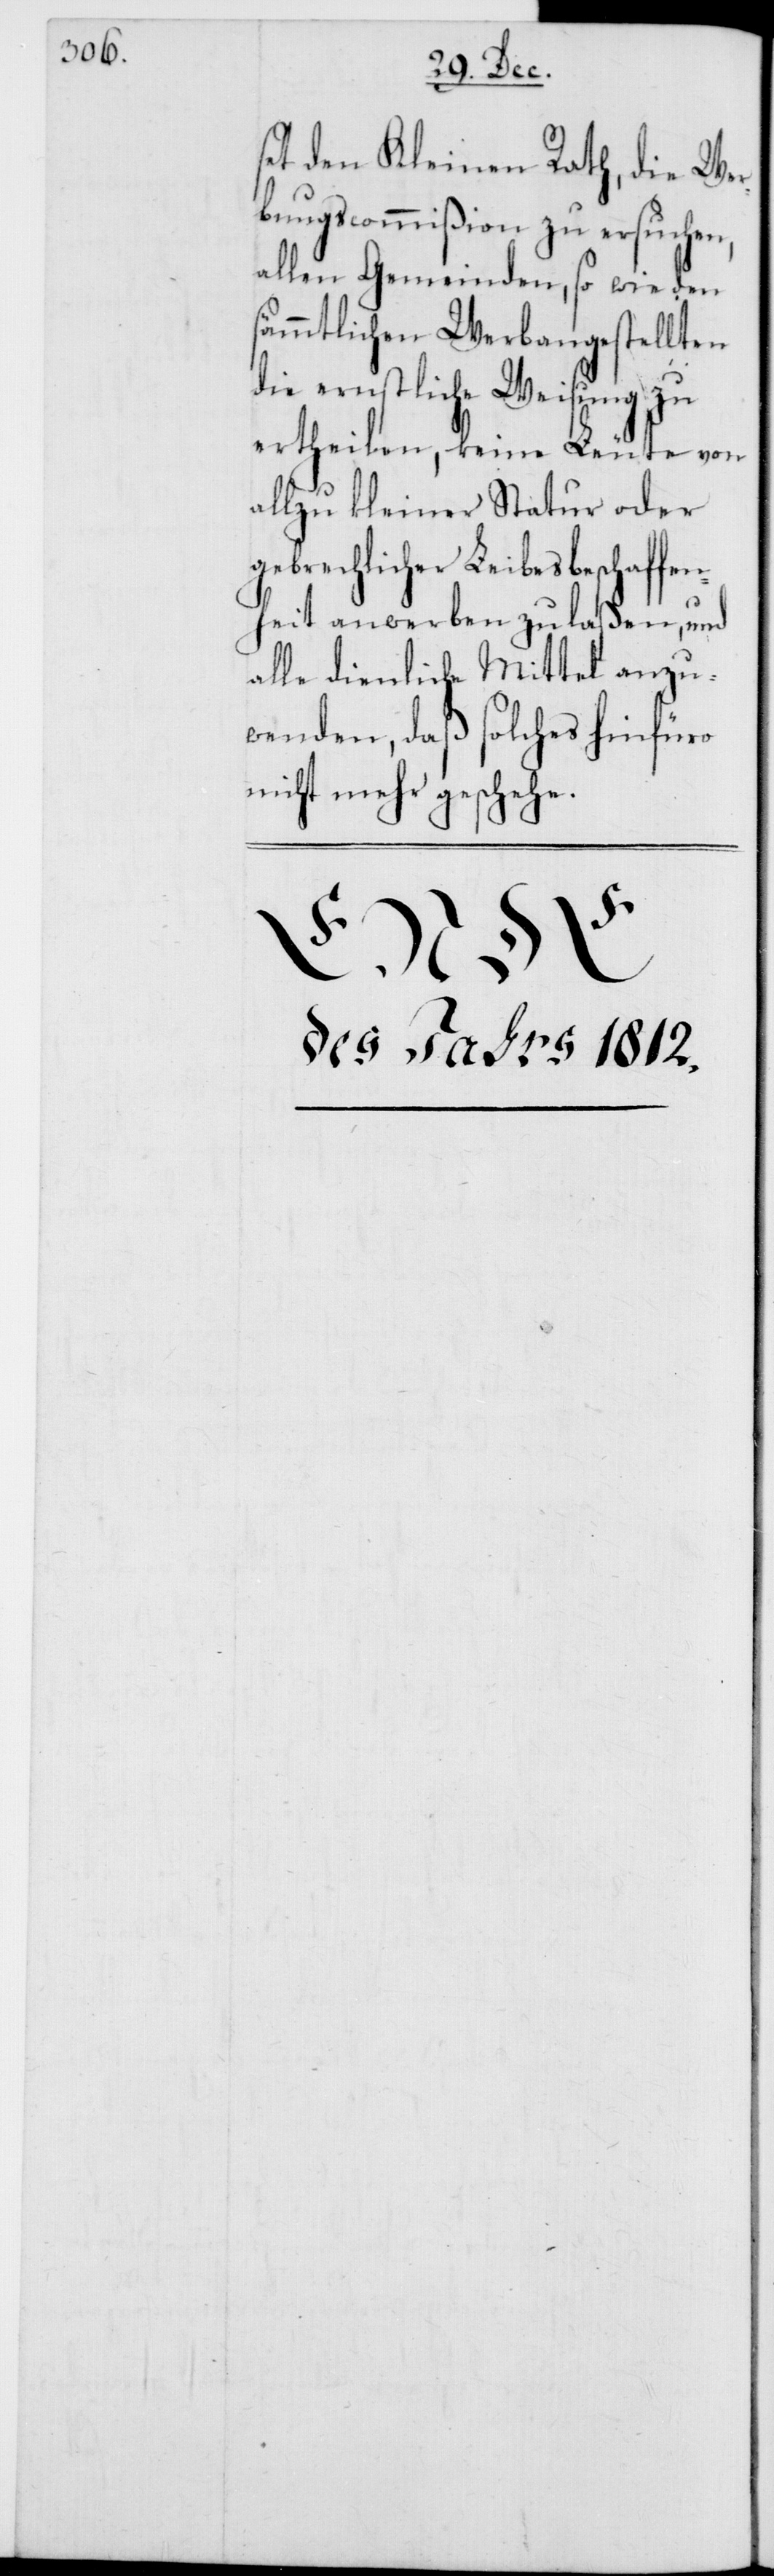
set den Kleinen Rath, die Wer¬
bungscommißion zu ersuchen,
allen Gemeinden, so wie den
sämmtlichen Werbangestellten
die ernstliche Weisung zu
ertheilen, keine Leute von
allzu kleiner Statur oder
gebrechlicher Leibesbeschaffen¬
heit anwerben zu laßen, und
alle dienliche Mittel anzu¬
wenden, daß solches hinfüro
nicht mehr geschehe.